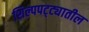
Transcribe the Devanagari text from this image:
शिल्पपट्ट्यातील